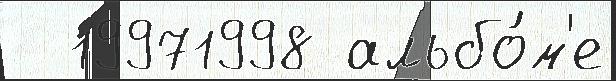
  19971998 альбо́м'е